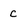
Character: c